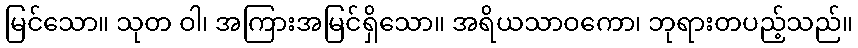
မြင်သော။ သုတ ဝါ၊ အကြားအမြင်ရှိသော။ အရိယသာဝကော၊ ဘုရားတပည့်သည်။